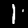
Digit: 1